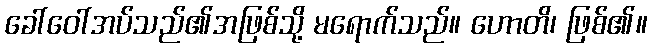
ခေါ်ဝေါ်အပ်သည်၏အဖြစ်သို့ မရောက်သည်။ ဟောတိ၊ ဖြစ်၏။